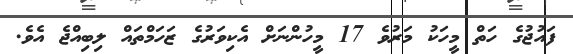
ފައުޖުގެ ހަތް މީހަކު މަރުވެ 17 މީހުންނަށް އެކިވަރުގެ ޒަހަމްތައް ލިބިއްޖެ އެވެ.